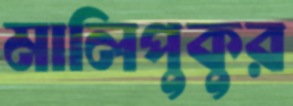
মালিপুকুর